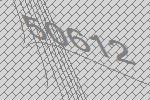
50612